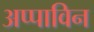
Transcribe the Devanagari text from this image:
अप्पाविन